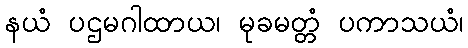
နယံ ပဌမဂါထာယ၊ မုခမတ္တံ ပကာသယံ၊